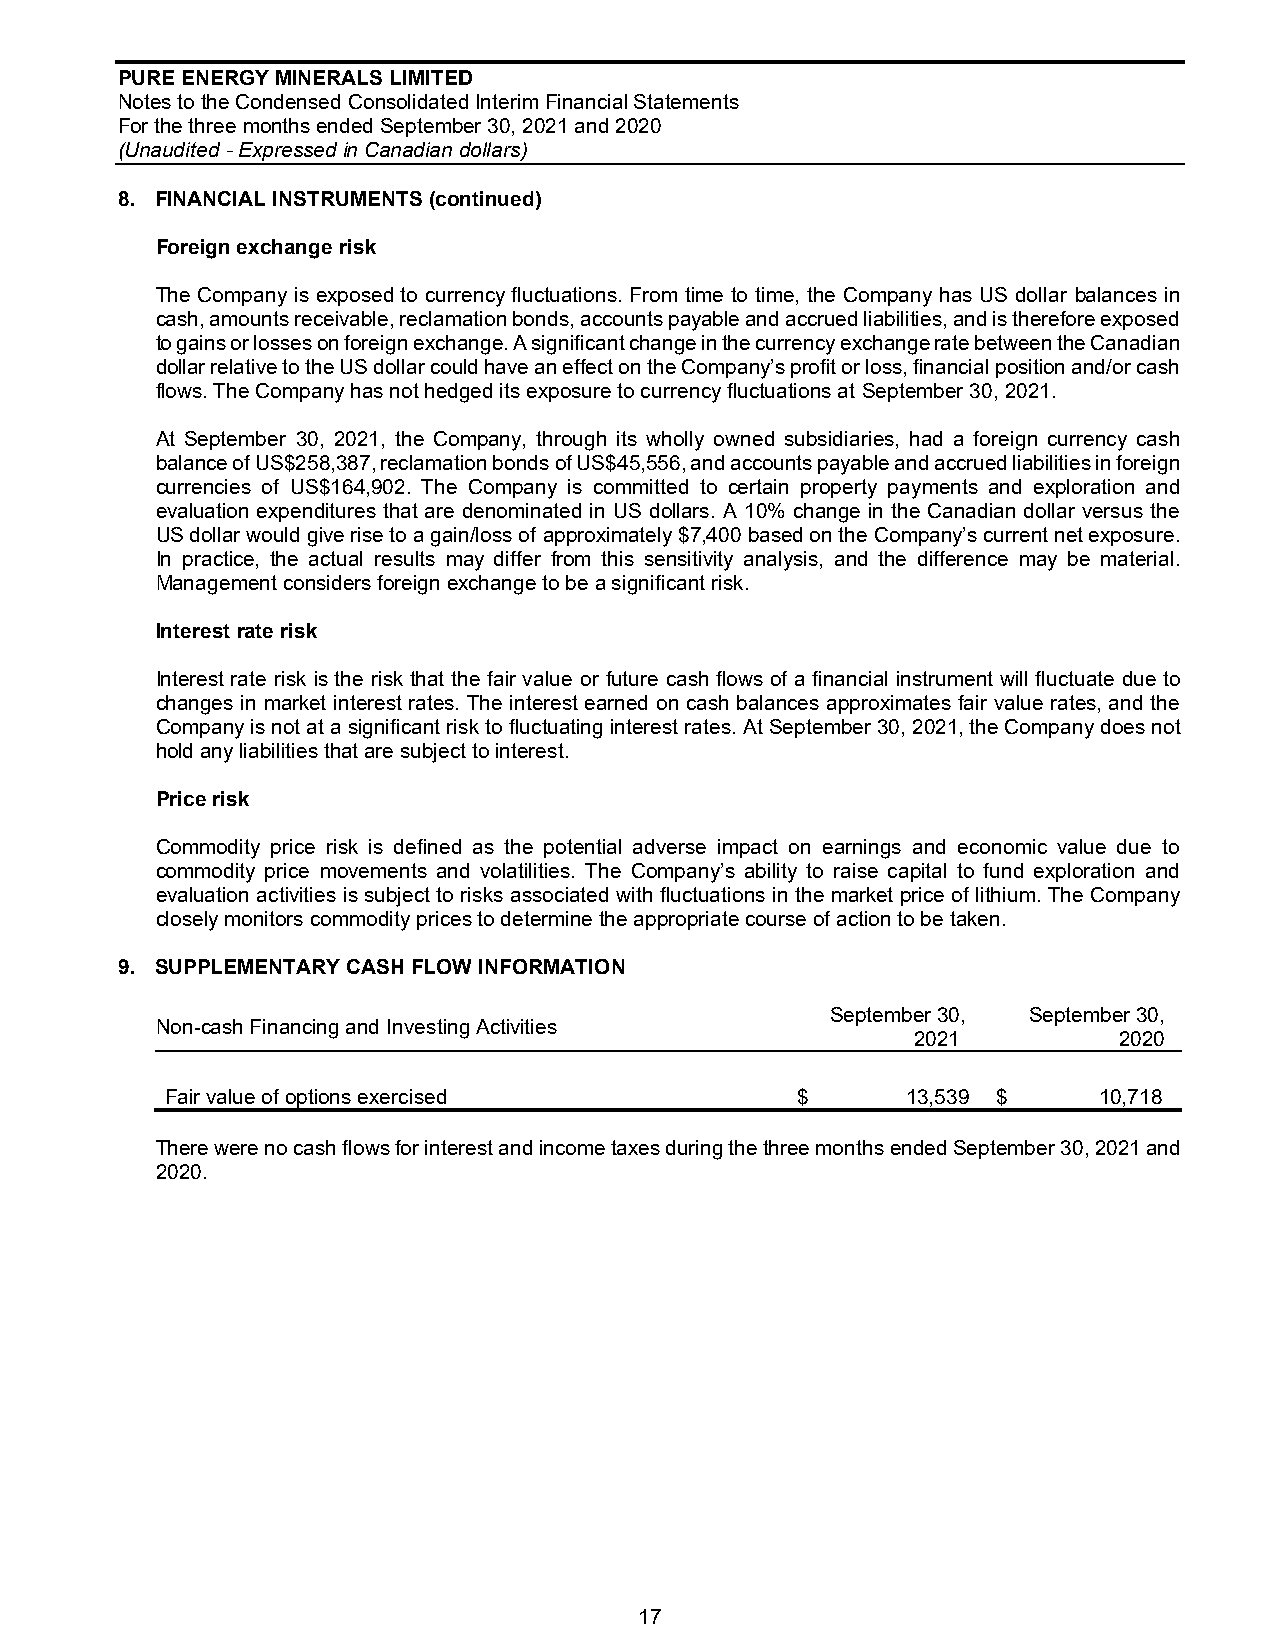
PURE ENERGY MINERALS LIMITED
 Notes to the Condensed Consolidated Interim Financial Statements
 For the three months ended September 30, 2021 and 2020
 (Unaudited - Expressed in Canadian dollars)
 8. FINANCIAL INSTRUMENTS (continued)
 Foreign exchange risk
 The Company is exposed to currency fluctuations. From time to time, the Company has US dollar balances in
 cash, amounts receivable, reclamation bonds, accounts payable and accrued liabilities, and is therefore exposed
 to gains or losses on foreign exchange. A significant change in the currency exchange rate between the Canadian
 dollar relative to the US dollar could have an effect on the Company’s profit or loss, financial position and/or cash
 flows. The Company has not hedged its exposure to currency fluctuations at September 30, 2021.
 At September 30, 2021, the Company, through its wholly owned subsidiaries, had a foreign currency cash
 balance of US$258,387, reclamation bonds of US$45,556, and accounts payable and accrued liabilities in foreign
 currencies of US$164,902. The Company is committed to certain property payments and exploration and
 evaluation expenditures that are denominated in US dollars. A 10% change in the Canadian dollar versus the
 US dollar would give rise to a gain/loss of approximately $7,400 based on the Company’s current net exposure.
 In practice, the actual results may differ from this sensitivity analysis, and the difference may be material.
 Management considers foreign exchange to be a significant risk.
 Interest rate risk
 Interest rate risk is the risk that the fair value or future cash flows of a financial instrument will fluctuate due to
 changes in market interest rates. The interest earned on cash balances approximates fair value rates, and the
 Company is not at a significant risk to fluctuating interest rates. At September 30, 2021, the Company does not
 hold any liabilities that are subject to interest.
 Price risk
 Commodity price risk is defined as the potential adverse impact on earnings and economic value due to
 commodity price movements and volatilities. The Company’s ability to raise capital to fund exploration and
 evaluation activities is subject to risks associated with fluctuations in the market price of lithium. The Company
 closely monitors commodity prices to determine the appropriate course of action to be taken.
 9. SUPPLEMENTARY CASH FLOW INFORMATION
 September 30, September 30,
 Non-cash Financing and Investing Activities
 2021.        2020
 Fair value of options exercised           $      13,539 $     10,718
 There were no cash flows for interest and income taxes during the three months ended September 30, 2021 and
 2020.
 17